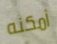
أمكنه